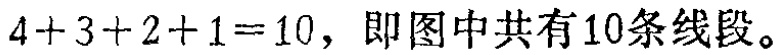
\(4 + 3 + 2 + 1 = 10\)，即图中共有\(10\)条线段。